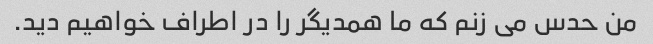
من حدس می زنم که ما همدیگر را در اطراف خواهیم دید.